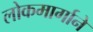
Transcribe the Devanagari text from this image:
लोकमार्गाने